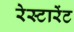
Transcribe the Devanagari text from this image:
रेस्टारेंट